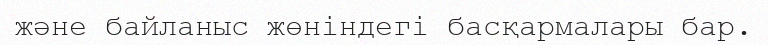
және байланыс жөніндегі басқармалары бар.